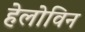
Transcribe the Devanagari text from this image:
हेलोविन